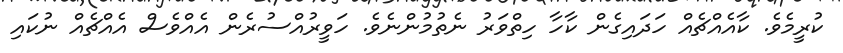
ކުރީމެވެ. ކާއެއްޗެއް ހަދައިގެން ކާހާ ހިތްވަރު ނެތުމުންނެވެ. ހަވީރުއްސުރެން އެއްވެސް އެއްޗެއް ނުކައި